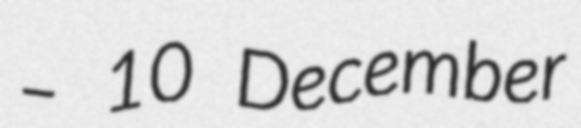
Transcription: – 10 December